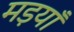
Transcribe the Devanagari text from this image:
मड़याँ